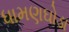
ધામણઘોડા